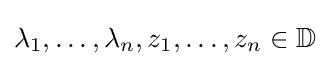
\lambda _{1},\ldots ,\lambda _{n},z_{1},\ldots ,z_{n}\in \mathbb {D}